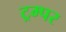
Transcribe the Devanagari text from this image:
ट्रम्पर